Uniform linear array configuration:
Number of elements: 48
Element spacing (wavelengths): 0.25
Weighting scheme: cosine
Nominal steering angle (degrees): -15
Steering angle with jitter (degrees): -16.802
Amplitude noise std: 0.05
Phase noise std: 0.05

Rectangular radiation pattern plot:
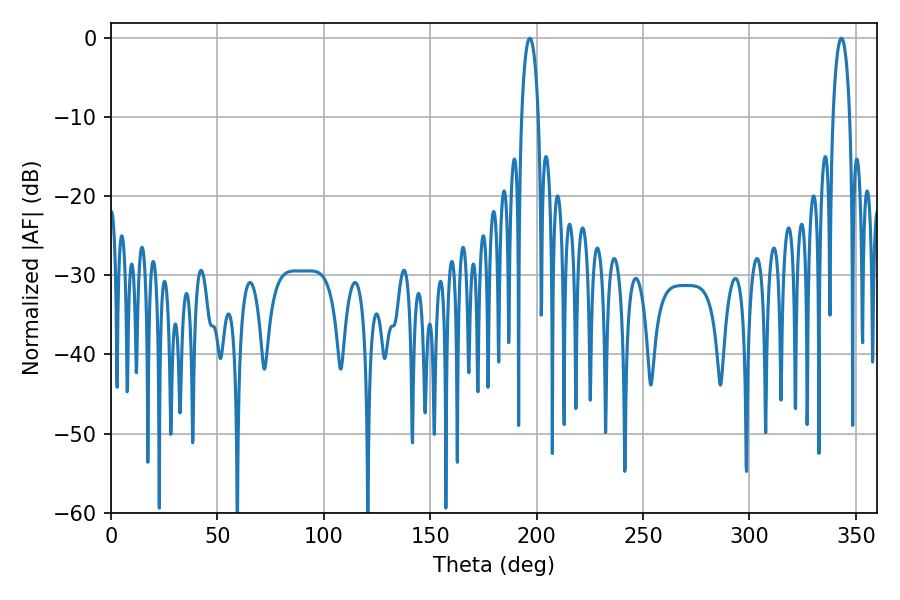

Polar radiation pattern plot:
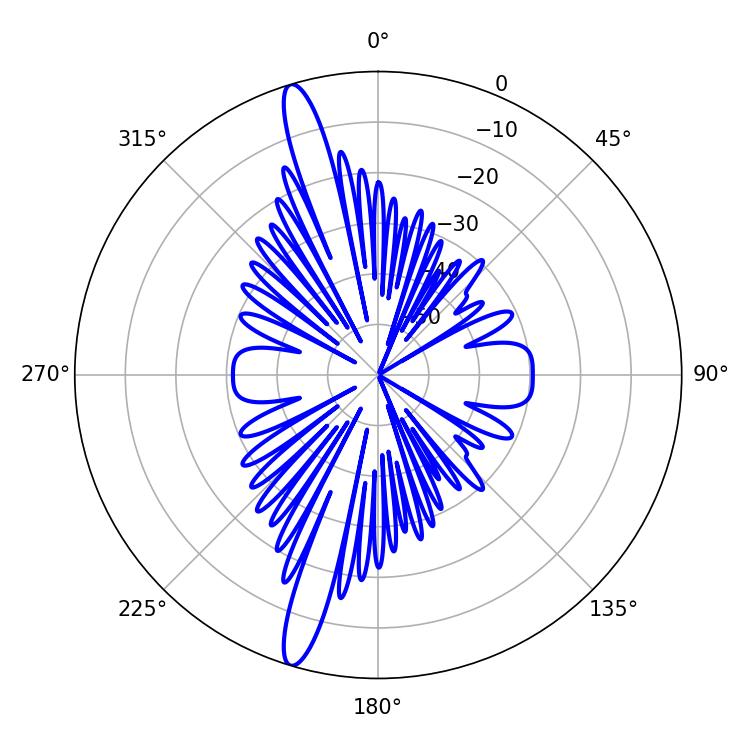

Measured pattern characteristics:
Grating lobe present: FALSE
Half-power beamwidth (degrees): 4.5
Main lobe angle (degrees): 196.74